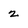
Character: 2